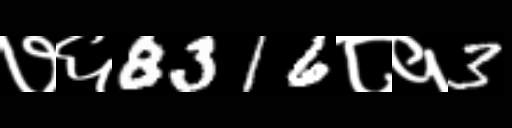
Text: ७६8316८१3